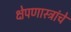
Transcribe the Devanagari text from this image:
क्षेपणास्त्रांचे